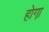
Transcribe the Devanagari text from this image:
होगा़